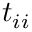
t _ { i i }